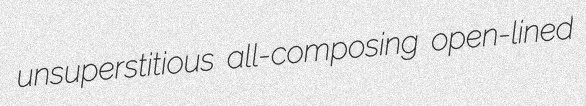
unsuperstitious all-composing open-lined